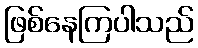
ဖြစ်နေကြပါသည်